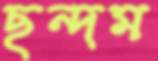
ছন্দম